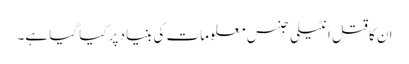
ان کا قتل انٹیلی جنس معلومات کی بنیاد پر کیا گیا ہے۔